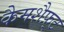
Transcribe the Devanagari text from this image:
कैमशैफ़्ट